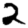
Digit: 2